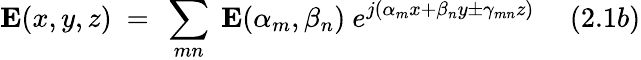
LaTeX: \mathbf{E}(x,y,z)~=~\sum_{mn}~\mathbf{E}(\alpha_{m},\beta_{n})~e^{j(\alpha_{m}x+\beta_{n}y\pm\gamma_{mn}z)}~~~~~(2.1b)